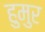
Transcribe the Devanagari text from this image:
हुमुर